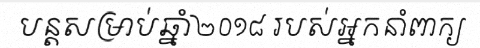
បន្តសម្រាប់ឆ្នាំ២០១៨ របស់អ្នកនាំពាក្យ